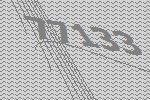
77133